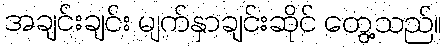
အချင်းချင်း မျက်နှာချင်းဆိုင် တွေ့သည်။